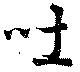
吐